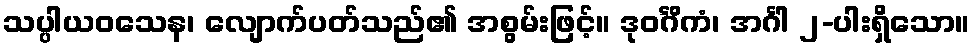
သပ္ပါယဝသေန၊ လျောက်ပတ်သည်၏ အစွမ်းဖြင့်။ ဒုဝင်္ဂိကံ၊ အင်္ဂါ ၂-ပါးရှိသော။